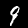
Label: 9